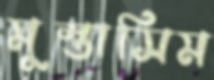
মুস্তাসিম